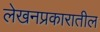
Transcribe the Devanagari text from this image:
लेखनप्रकारातील